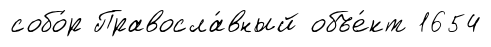
собо́р Правосла́вный объе́кт 1654